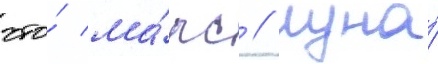
что́ ма́рс / луна́